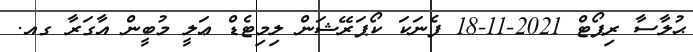
ޙުލާސާ ރިޕޯޓް 2021-11-18 ފެނަކަ ކޯޕަރޭޝަން ލިމިޓެޑް ޢަލީ މުބީން އާގަރާ ގއ.